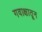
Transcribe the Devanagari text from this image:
गवाक्षातून